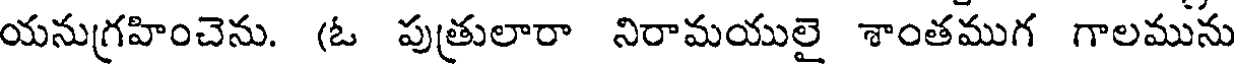
యనుగ్రహించెను. (ఓ పుత్రులారా నిరామయులై శాంతముగ గాలమును